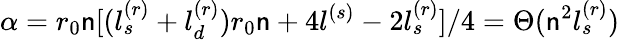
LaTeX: \alpha=r_{0}\mathsf{n}[(l_{s}^{(r)}+l_{d}^{(r)})r_{0}\mathsf{n}+4l^{(s)}-2l_{s}^{(r)}]/4=\Theta(\mathsf{n}^{2}l_{s}^{(r)})